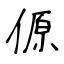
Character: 傆